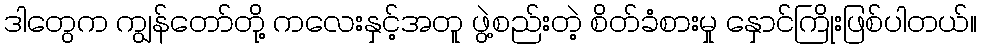
ဒါတွေက ကျွန်တော်တို့ ကလေးနှင့်အတူ ဖွဲ့စည်းတဲ့ စိတ်ခံစားမှု နှောင်ကြိုးဖြစ်ပါတယ်။